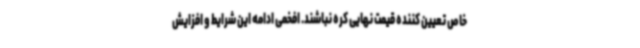
خاص تعیین کننده قیمت نهایی کره نباشند. افخمی ادامه این شرایط و افزایش